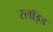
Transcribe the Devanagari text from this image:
स्लॉइड